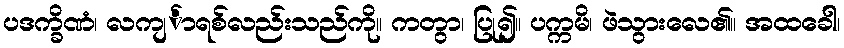
ပဒက္ခိဏံ၊ လကျင်္ာရစ်လည်းသည်ကို။ ကတွာ၊ ပြု၍။ ပက္ကမိ၊ ဖဲသွားလေ၏။ အထခေါ၊